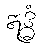
ဣဒ္ဓံ